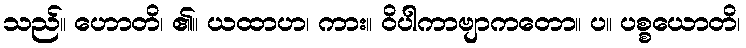
သည်။ ဟောတိ၊ ၏။ ယထာဟ၊ ကား။ ဝိပါကာဗျာကတော။ ပ။ ပစ္စယောတိ၊